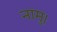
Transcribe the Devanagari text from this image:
नामु।